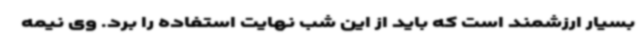
بسیار ارزشمند است که باید از این شب نهایت استفاده را برد. وی نیمه